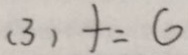
( 3 ) + = 6